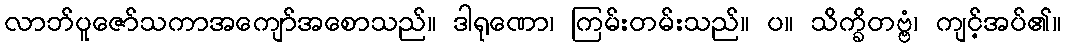
လာဘ်ပူဇော်သကာအကျော်အစောသည်။ ဒါရုဏော၊ ကြမ်းတမ်းသည်။ ပ။ သိက္ခိတဗ္ဗံ၊ ကျင့်အပ်၏။